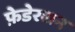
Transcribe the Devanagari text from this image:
फ़ेडेरशन